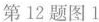
第12题图1